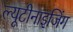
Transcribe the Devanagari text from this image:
ल्यूटीनाइजिंग